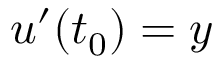
u ^ { \prime } ( t _ { 0 } ) = y